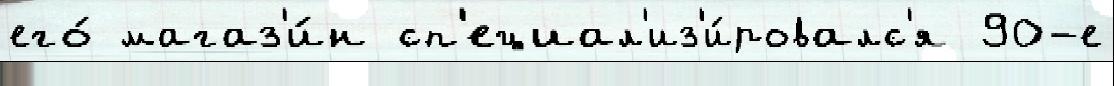
его́ магаз'и́н сп'ециал'из'и́ровалс'я 90-е